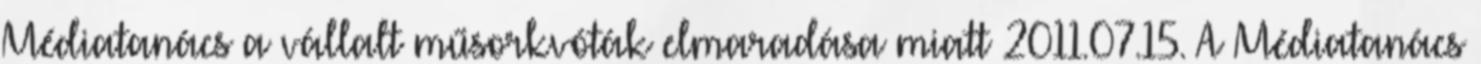
Médiatanács a vállalt műsorkvóták elmaradása miatt 2011.07.15. A Médiatanács